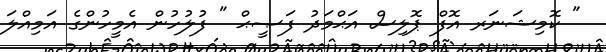
" ކޮމިޝަނަރ އޮފް ޕޮލިސް އަޙްމަދު ފަޞީޙް " ފުލުހުން އެމީހުންގެ އަމިއްލަ